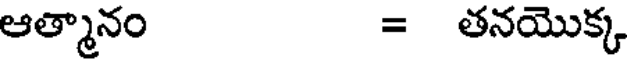
ఆత్మానం = తనయొక్క